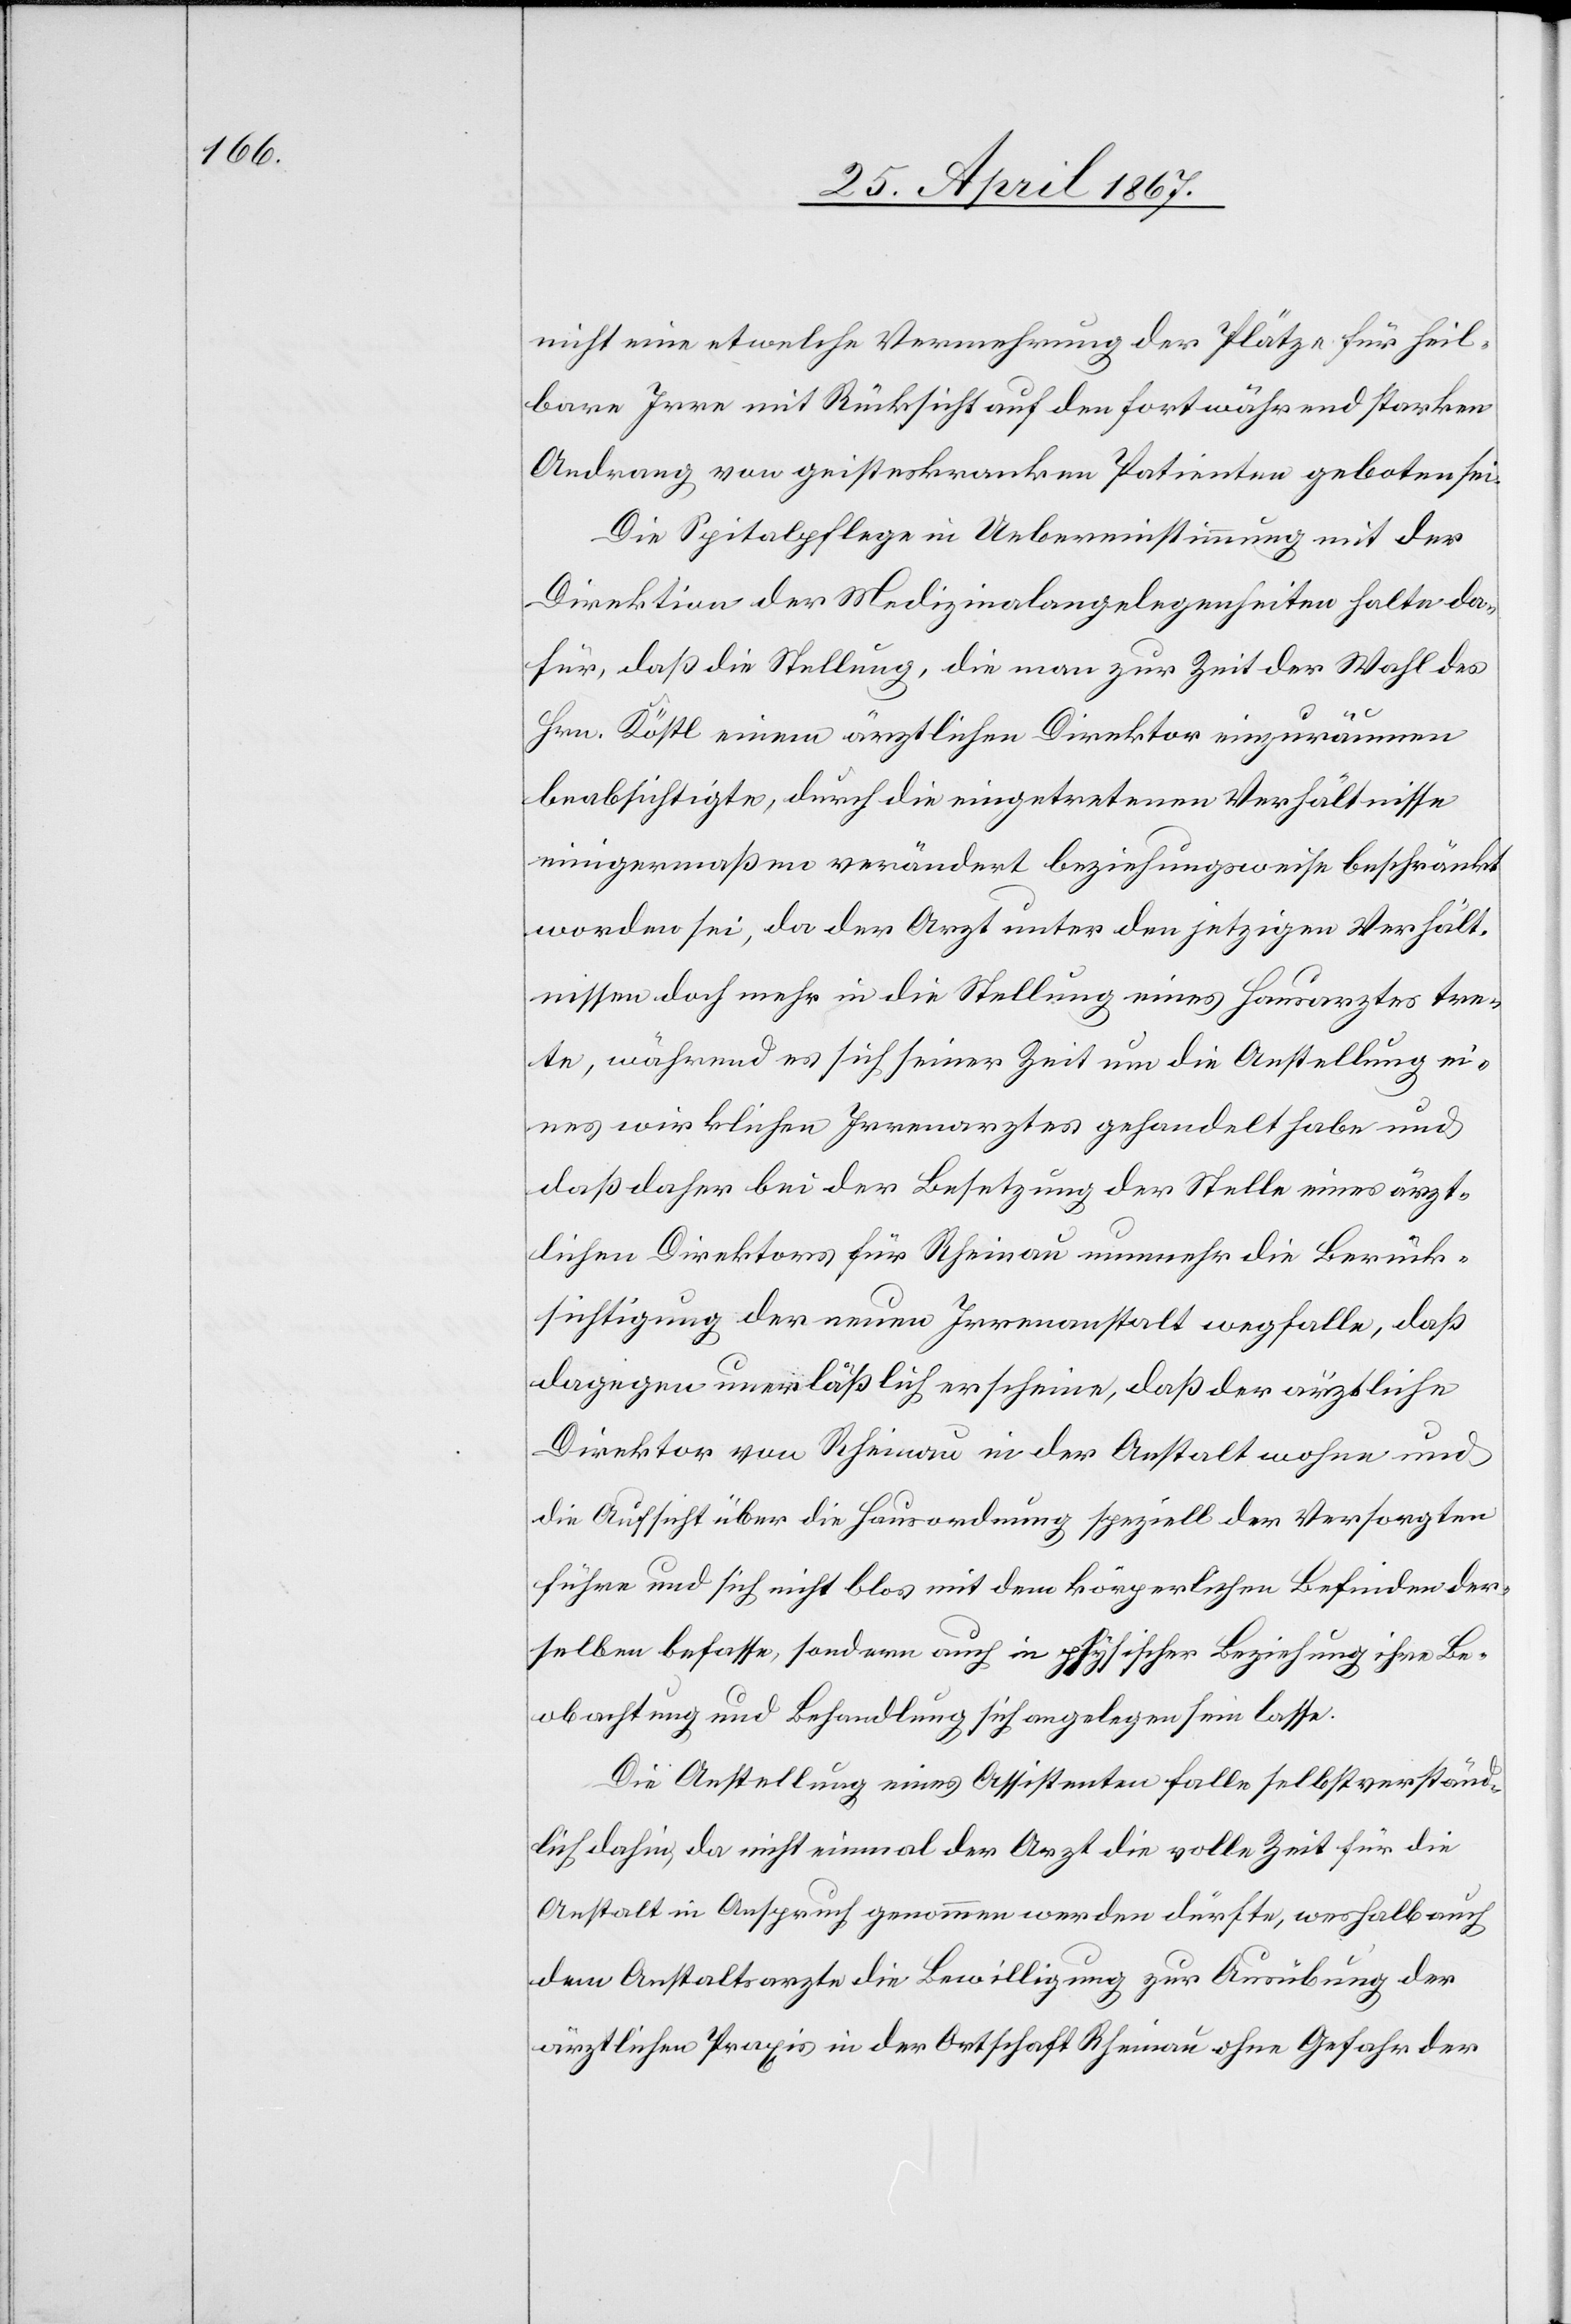
nicht eine etwelche Vermehrung der Plätze, für heil¬
bare Irre mit Rücksicht auf den fortwährend starken
Andrang von geisteskranken Patienten geboten sei.
Die Spitalpflege in Uebereinstimmung mit der
Direktion der Medizinalangelegenheiten halte da¬
für, daß die Stellung, die man zur Zeit der Wahl des
Hrn. Köstl einem ärztlichen Direktor einzuräumen
beabsichtige, durch die eingetretenen Verhältnisse
einigermaßen verändert beziehungsweise beschränkt
worden sei, da der Arzt unter den jetzigen Verhält¬
nissen doch mehr in die Stellung eines Hausarztes tre¬
te, während es sich seiner Zeit um die Anstellung ei¬
nes wirklichen Irrenarztes gehandelt habe und
daß daher bei der Besetzung der Stelle eines ärzt¬
lichen Direktors für Rheinau nunmehr die Berück¬
sichtigung der neuen Irrenanstalt wegfalle, daß
dagegen unerläßlich erscheine, daß der ärztliche
Direktor von Rheinau in der Anstalt wohne und
die Aufsicht über die Hausordnung speziell der Versorgten
führe und sich nicht blos mit dem körperlichen Befinden der¬
selben befasse, sondern auch in physischer Beziehung ihre Be¬
obachtung und Behandlung sich angelegen sein lasse.
Die Anstellung eines Assistenten falle selbstverständ¬
lich dahin, da nicht einmal der Arzt die volle Zeit für die
Anstalt in Anspruch genommen werden dürfte, weshalb auch
dem Anstaltsarzte die Bewilligung zur Ausübung der
ärztlichen Praxis in der Ortschaft Rheinau ohne Gefahr der